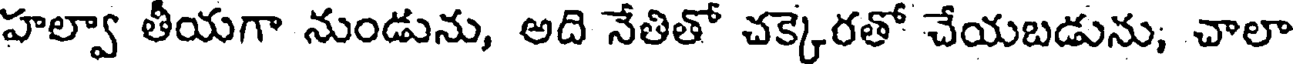
హల్వా తీయగా నుండును, అది నేతితో చక్కెరతో చేయబడును, చాలా